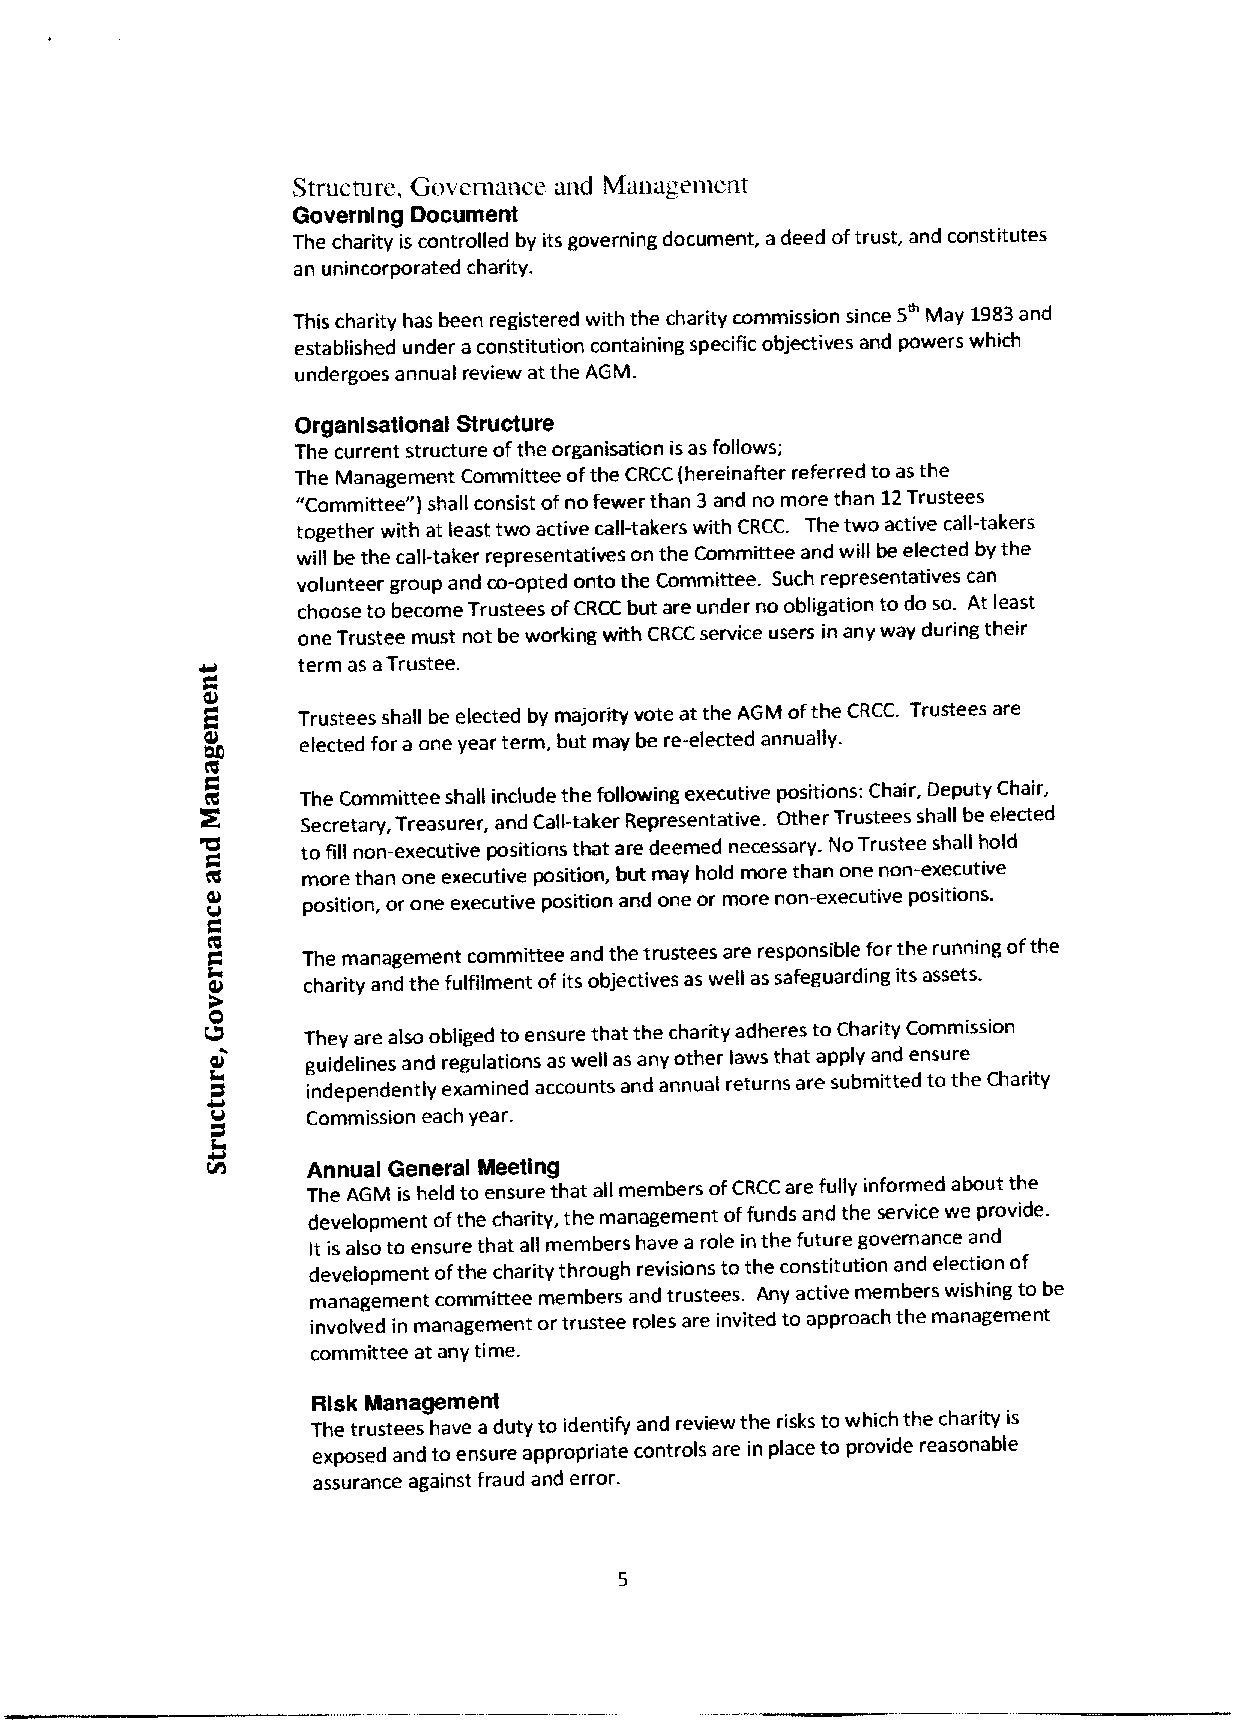
Structure, Governance and Managen&ent
 Governing Document
 The charity is controlled by its governing document, adeed oftrust, and constitutes
 an unincorporated charity.
 This charity has been registered with the charity commission since 5 May 1983and
 established under aconstitution containing specific objectives and powers which
 undergoes annual review at the AGM.
 Organlsatlonal Structure
 The current structure ofthe organisation isas follows;
 The Management Committee ofthe CRCC (hereinafter referred to asthe
 "Committee" )shall consist ofno fewer than 3and no more than 12Trustees
 together with at least two active call-takers with CRCC. The two active call-takers
 will be the call-taker representatives on the Committee and will be elected by the
 volunteer group and co-opted onto the Committee. Such representatives can
 choose to become Trustees ofCRCC but are under no obligation to do so. At least
 one Trustee must not be working with CRCC service users in any way during their
 term as aTrustee.
 Trustees shall be elected by majority vote at the AGM ofthe CRCC Trustees are
 elected for a one year term, but may be re-elected annually.
 The Committee shall include the following executive positions: Chair, Deputy Chair,
 Secretary, Treasurer, and Call-taker Representative. Other Trustees shall be elected
 to fill non-executive positions that are deemed necessary No Trustee shall hold
 more than one executive position, but may hold more than one non-executive
 position, or one executive position and one or more non-executive positions.
 The management committee and the trustees are responsible for the running ofthe
 charity and the fulfilment ofits objectives as well assafeguarding its assets.
 They are also obliged to ensure that the charity adheres to Charity Commission
 guidelines and regulations as well as any other laws that apply and ensure
 independently examined accounts and annual returns are submitted to the Charity
 Commission each year.
 Annual General Meeting
 The AGM is held to ensure that all members ofCRCC are fully informed about the
 development ofthe charity, the management offunds and the service we provide.
 It is also to ensure that all members have a role in the future governance and
 development ofthe charity through revisions to the constitution and election of
 management committee members and trustees. Any active members wishing to be
 involved in management ortrustee roles are invited to approach the management
 committee at any time.
 Risk Management
 The trustees have aduty to identify and review the risks to which the charity is
 exposed and to ensure appropriate controls are in place to provide reasonable
 assurance against fraud and error.